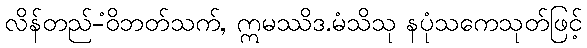
လိန်တည်-ံဝိဘတ်သက်, ဣမဿိဒ.မံသိသု နပုံသကေသုတ်ဖြင့်